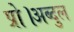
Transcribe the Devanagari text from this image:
प्रो।अब्दुल